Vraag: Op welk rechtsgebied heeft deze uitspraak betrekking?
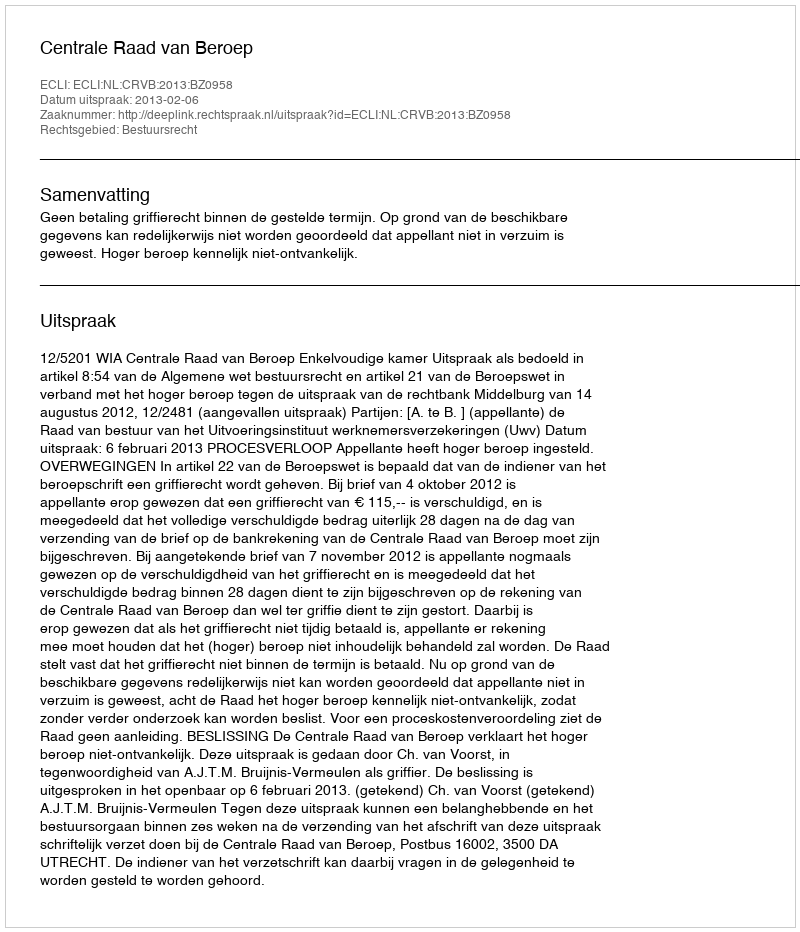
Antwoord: Bestuursrecht